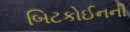
બિટકોઈનની